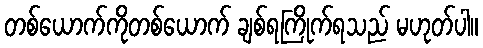
တစ်ယောက်ကိုတစ်ယောက် ချစ်ရကြိုက်ရသည် မဟုတ်ပါ။